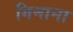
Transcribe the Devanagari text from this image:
गिनाना